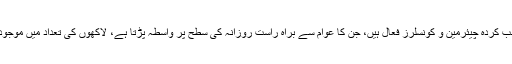
دوم، ملک بھر میں بلدیاتی نظام بحال اور عوام کے منتخب کردہ چیئرمین و کونسلرز فعال ہیں، جن کا عوام سے براہ راست روزانہ کی سطح پر واسطہ پڑتا ہے، لاکھوں کی تعداد میں موجود مقامی بلدیاتی انتظامیہ کو غیر فعال رکھنا مناسب نہیں۔